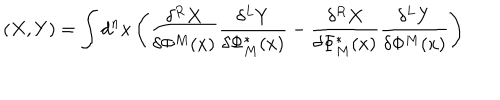
( X , Y ) = \int d ^ { n } x \left( \frac { \delta ^ { R } X } { \delta \Phi ^ { M } ( x ) } \frac { \delta ^ { L } Y } { \delta \Phi _ { M } ^ { * } ( x ) } - \frac { \delta ^ { R } X } { \delta \Phi _ { M } ^ { * } ( x ) } \frac { \delta ^ { L } Y } { \delta \Phi ^ { M } ( x ) } \right)